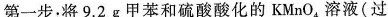
第一步；将9.2g甲苯和硫酸酸化的KMnO_{4}溶液(过